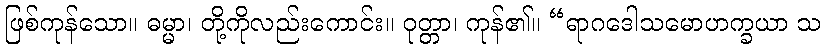
ဖြစ်ကုန်သော။ ဓမ္မာ၊ တို့ကိုလည်းကောင်း။ ဝုတ္တာ၊ ကုန်၏။ “ရာဂဒေါသမောဟက္ခယာ သ